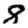
Digit: 8